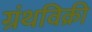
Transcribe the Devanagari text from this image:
ग्रंथविक्री